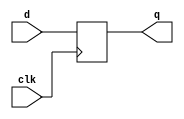
module dff(input clk, input d, output reg q);
    always@(posedge clk)
        begin
            q<=d;
        end
endmodule
module top_module (
    input clk,
    input x,
    output z
); 
    wire w1, w2, w3;

            dff inst1 (.clk(clk), .d(x^w1), .q(w1));
            dff inst2 (.clk(clk), .d(x&~w2), .q(w2));
            dff inst3 (.clk(clk), .d(x|~w3), .q(w3));
            assign z = ~(w1|w2|w3);

endmodule